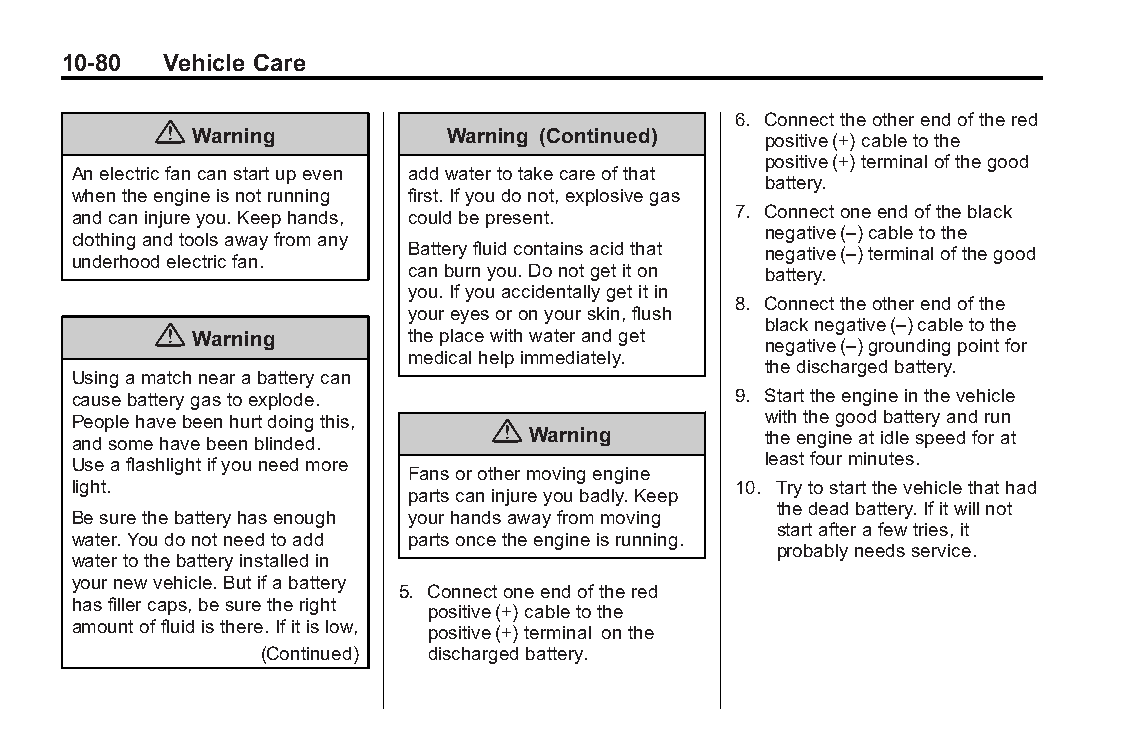
Buick LaCrosse Owner Manual (GMNA-Localizing-U.S./Canada/Mexico- Blackplate(80,1)
 6043609)-2014-2ndEdition-10/17/13
 10-80  Vehicle Care
 6. Connecttheotherendofthered
 {
 Warning          Warning (Continued)  positive(+)cabletothe
 positive(+)terminalofthegood
 Anelectricfancanstartupeven addwatertotakecareofthat
 battery.
 whentheengineisnotrunning first.Ifyoudonot,explosivegas
 andcaninjureyou.Keephands, couldbepresent.  7. Connectoneendoftheblack
 negative(–)cabletothe
 clothingandtoolsawayfromany
 Batteryfluidcontainsacidthat negative(–)terminalofthegood
 underhoodelectricfan.
 canburnyou.Donotgetiton battery.
 you.Ifyouaccidentallygetitin
 8. Connecttheotherendofthe
 youreyesoronyourskin,flush
 { Warning        theplacewithwaterandget blacknegative(–)cabletothe
 negative(–)groundingpointfor
 medicalhelpimmediately.
 thedischargedbattery.
 Usingamatchnearabatterycan
 causebatterygastoexplode.                   9. Starttheengineinthevehicle
 Peoplehavebeenhurtdoingthis, {                withthegoodbatteryandrun
 andsomehavebeenblinded.        Warning        theengineatidlespeedforat
 leastfourminutes.
 Useaflashlightifyouneedmore
 Fansorothermovingengine
 light.                                      10. Trytostartthevehiclethathad
 partscaninjureyoubadly.Keep
 thedeadbattery.Ifitwillnot
 Besurethebatteryhasenough yourhandsawayfrommoving
 startafterafewtries,it
 water.Youdonotneedtoadd partsoncetheengineisrunning.
 probablyneedsservice.
 watertothebatteryinstalledin
 yournewvehicle.Butifabattery
 5. Connectoneendofthered
 hasfillercaps,besuretheright
 positive(+)cabletothe
 amountoffluidisthere.Ifitislow,
 positive(+)terminal onthe
 (Continued) dischargedbattery.